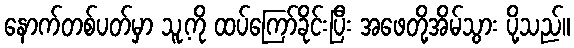
နောက်တစ်ပတ်မှာ သူ့ကို ထပ်ကြော်ခိုင်းပြီး အဖေတို့အိမ်သွား ပို့သည်။